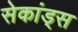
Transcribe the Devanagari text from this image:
सेकांड्स